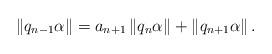
LaTeX: \begin{align*}\left\|q_{n-1} \alpha\right\|=a_{n+1}\left\|q_{n} \alpha\right\|+\left\|q_{n+1} \alpha\right\|.\end{align*}